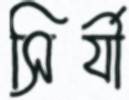
সির্যী